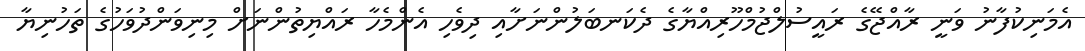
އެމަނިކުފާނު ވަނީ ރާއްޖޭގެ ރައީސުލްޖުމްހޫރިއްޔާގެ ދެކަނބަލުންނަށާއި ދިވެހި އެންމެހާ ރައްޔިތުންނަށް މިނިވަންދުވަހުގެ ތަހުނިޔާ